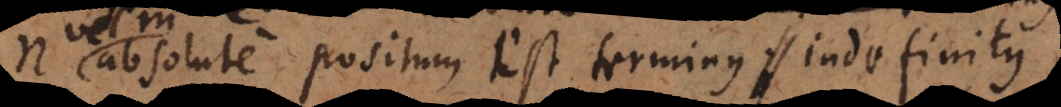
m absolute positum est terminus indefinitus